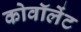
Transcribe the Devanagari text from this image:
कोवॉलेंट